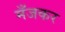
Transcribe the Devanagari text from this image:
मँजकर